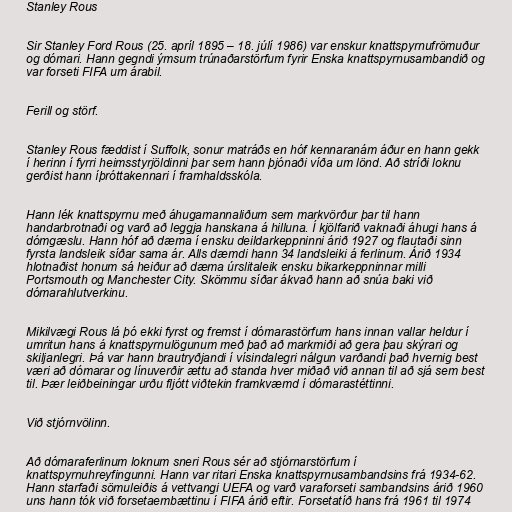
Stanley Rous

Sir Stanley Ford Rous (25. apríl 1895 – 18. júlí 1986) var enskur knattspyrnufrömuður
og dómari. Hann gegndi ýmsum trúnaðarstörfum fyrir Enska knattspyrnusambandið og
var forseti FIFA um árabil.

Ferill og störf.

Stanley Rous fæddist í Suffolk, sonur matráðs en hóf kennaranám áður en hann gekk
í herinn í fyrri heimsstyrjöldinni þar sem hann þjónaði víða um lönd. Að stríði loknu
gerðist hann íþróttakennari í framhaldsskóla.

Hann lék knattspyrnu með áhugamannaliðum sem markvörður þar til hann
handarbrotnaði og varð að leggja hanskana á hilluna. Í kjölfarið vaknaði áhugi hans á
dómgæslu. Hann hóf að dæma í ensku deildarkeppninni árið 1927 og flautaði sinn
fyrsta landsleik síðar sama ár. Alls dæmdi hann 34 landsleiki á ferlinum. Árið 1934
hlotnaðist honum sá heiður að dæma úrslitaleik ensku bikarkeppninnar milli
Portsmouth og Manchester City. Skömmu síðar ákvað hann að snúa baki við
dómarahlutverkinu.

Mikilvægi Rous lá þó ekki fyrst og fremst í dómarastörfum hans innan vallar heldur í
umritun hans á knattspyrnulögunum með það að markmiði að gera þau skýrari og
skiljanlegri. Þá var hann brautryðjandi í vísindalegri nálgun varðandi það hvernig best
væri að dómarar og línuverðir ættu að standa hver miðað við annan til að sjá sem best
til. Þær leiðbeiningar urðu fljótt viðtekin framkvæmd í dómarastéttinni.

Við stjórnvölinn.

Að dómaraferlinum loknum sneri Rous sér að stjórnarstörfum í
knattspyrnuhreyfingunni. Hann var ritari Enska knattspyrnusambandsins frá 1934-62.
Hann starfaði sömuleiðis á vettvangi UEFA og varð varaforseti sambandsins árið 1960
uns hann tók við forsetaembættinu í FIFA árið eftir. Forsetatíð hans frá 1961 til 1974